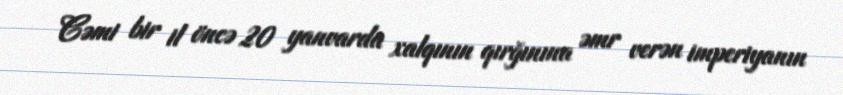
Cəmi bir il öncə 20 yanvarda xalqının qırğınına əmr verən imperiyanın